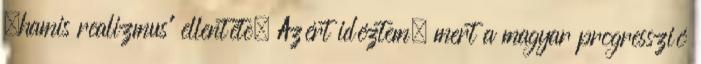
„hamis realizmus” ellentéte. Azért idéztem, mert a magyar progresszió